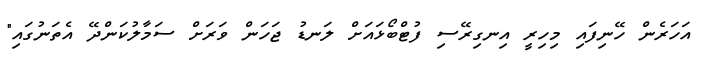
އަހަރެން ހޭނިފައި މިހިރީ އިނގިރޭސި ފުޓްބޯޅައަށް ލަނޑު ޖަހަން ވަރަށް ސަމާލުކަންދޭ އެތަނުގައި"